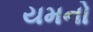
યમનો